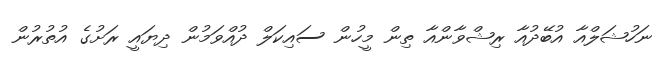
ނަހުޝަލްއާ އުބޭދުއާ ރިޝްވާންއާ ތިން މީހުން ސައިކަލް ދުއްވަމުން ދިޔައީ ރަށުގެ އުތުރުން